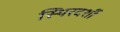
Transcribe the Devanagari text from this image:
स्थिरदर्शी